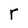
Character: r